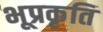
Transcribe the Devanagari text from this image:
भूप्रकृति